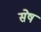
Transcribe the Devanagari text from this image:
सेष